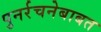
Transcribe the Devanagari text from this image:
पुनर्रचनेबाबत